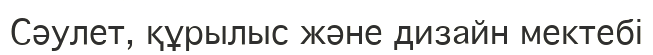
Сәулет, құрылыс және дизайн мектебі